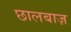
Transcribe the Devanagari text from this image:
छालबाज़